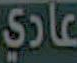
عادي